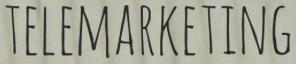
TELEMARKETING